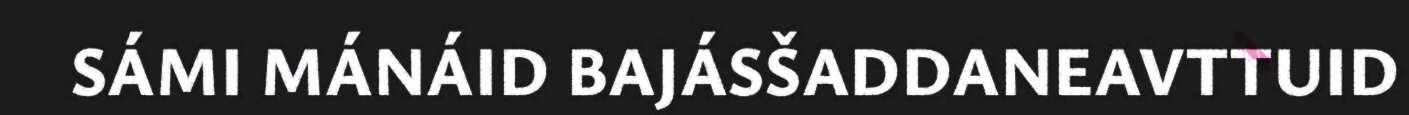
SÁMI MÁNÁID BAJÁSŠADDANEAVTTUID